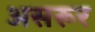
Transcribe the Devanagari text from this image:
असरूर